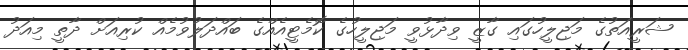
ޝަރީއަތުގެ މަޖިލީހުގައި ގާޒީ ވިދާޅުވީ މަޖިލީހުގެ ކޮމެޓީއެއްގެ ބައްދަލުވުމެއް ކުރިއަށް ދާތީ މިއަދު